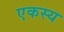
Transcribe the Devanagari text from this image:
एकस्य